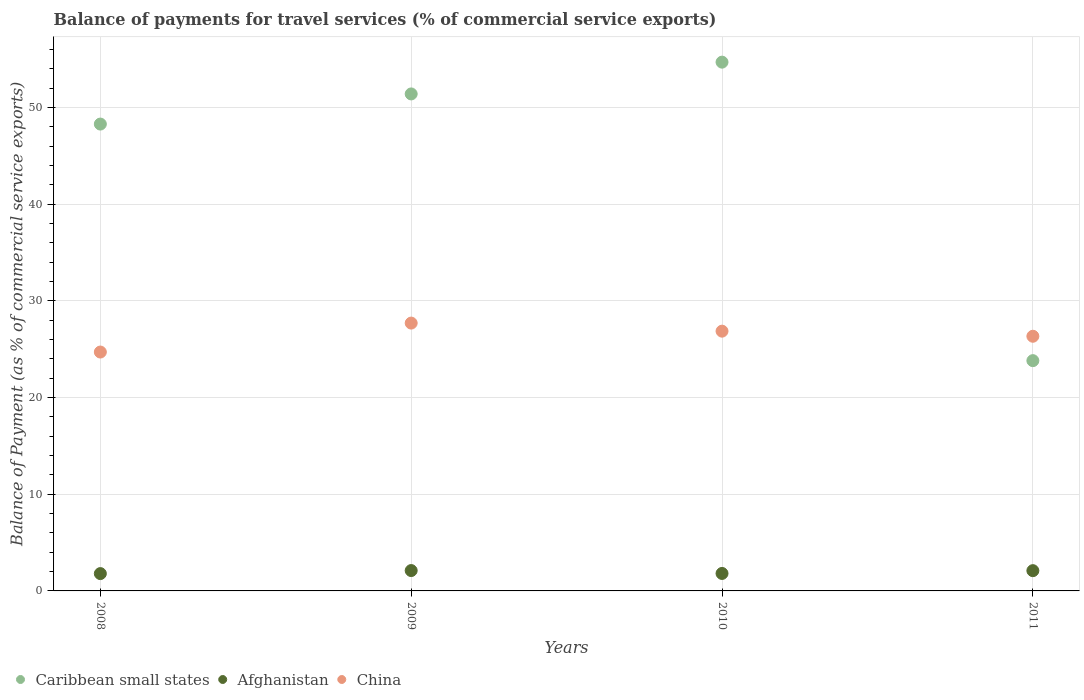
| Years | Caribbean small states | Afghanistan | China |
 | --- | --- | --- | --- |
 | 2008 | 48.3 | 1.79 | 24.7 |
 | 2009 | 51.4 | 2.11 | 27.7 |
 | 2010 | 54.7 | 1.81 | 26.9 |
 | 2011 | 23.8 | 2.1 | 26.3 |